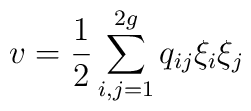
v=\frac{1}{2}\sum_{i,j=1}^{2g}q_{ij}\xi_{i}\xi_{j}